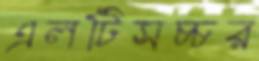
এলটিসচ্চর